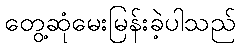
တွေ့ဆုံမေးမြန်းခဲ့ပါသည်